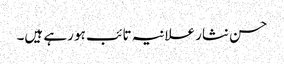
حسن نثار علانیہ تائب ہو رہے ہیں۔